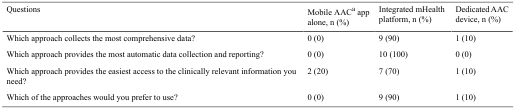
<table><thead><tr><td><b>Questions</b></td><td><b>Mobile AAC<sup>a</sup> app alone, n (%)</b></td><td><b>Integrated mHealth platform, n (%)</b></td><td><b>Dedicated AAC device, n (%)</b></td></tr></thead><tbody><tr><td>Which approach collects the most comprehensive data?</td><td>0 (0)</td><td>9 (90)</td><td>1 (10)</td></tr><tr><td>Which approach provides the most automatic data collection and reporting?</td><td>0 (0)</td><td>10 (100)</td><td>0 (0)</td></tr><tr><td>Which approach provides the easiest access to the clinically relevant information you need?</td><td>2 (20)</td><td>7 (70)</td><td>1 (10)</td></tr><tr><td>Which of the approaches would you prefer to use?</td><td>0 (0)</td><td>9 (90)</td><td>1 (10)</td></tr></tbody></table>